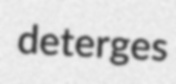
deterges